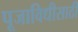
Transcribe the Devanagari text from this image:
पूजाविधीसाठी